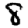
Digit: 8